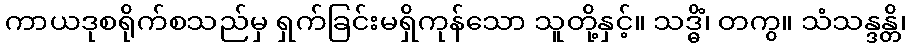
ကာယဒုစရိုက်စသည်မှ ရှက်ခြင်းမရှိကုန်သော သူတို့နှင့်။ သဒ္ဓိံ၊ တကွ။ သံသန္ဒန္တိ၊